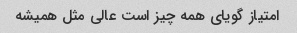
امتیاز گویای همه چیز است عالی مثل همیشه